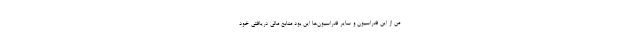
من از این فدراسیون و سایر فدراسیون‌ها این بود منابع مالی دریافتی خود